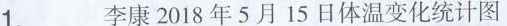
1. 李康2018年5月15日体温变化统计图